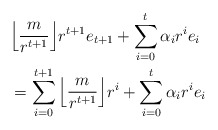
\begin{align*}&\Big\lfloor \frac{m}{r^{t+1}}\Big\rfloor r^{t+1} e_{t+1}+\sum_{i=0}^{t}\alpha_i r^i e_i\\&= \sum_{i=0}^{t+1}\Big\lfloor \frac{m}{r^{t+1}}\Big\rfloor r^{i}+\sum_{i=0}^{t}\alpha_i r^i e_i \end{align*}